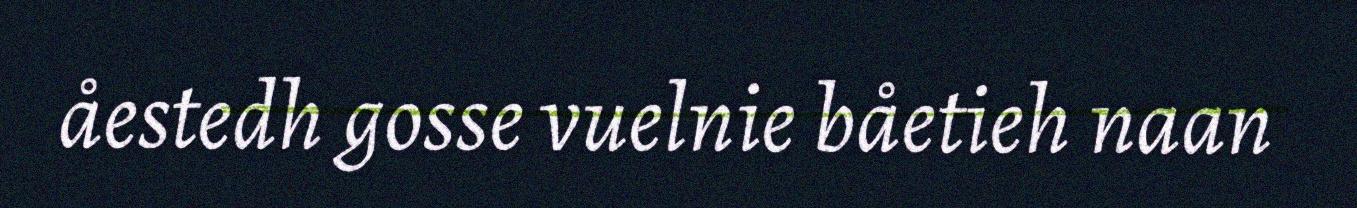
åestedh gosse vuelnie båetieh naan